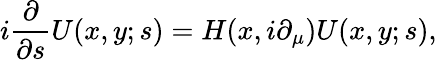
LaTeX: i\frac{\partial}{\partial s}U(x,y;s)=H(x,i\partial_{\mu})U(x,y;s),